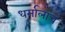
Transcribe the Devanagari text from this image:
धर्मालाच